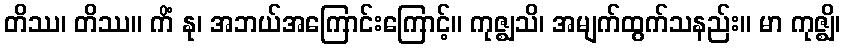
တိဿ၊ တိဿ။ ကိံ နု၊ အဘယ်အကြောင်းကြောင့်။ ကုဇ္ဈသိ၊ အမျက်ထွက်သနည်း။ မာ ကုဇ္ဈိ၊